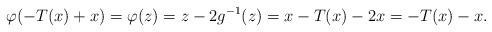
LaTeX: \begin{align*}\varphi (-T(x)+x)=\varphi (z)=z-2g^{-1}(z)=x-T(x)-2x=-T(x)-x.\end{align*}